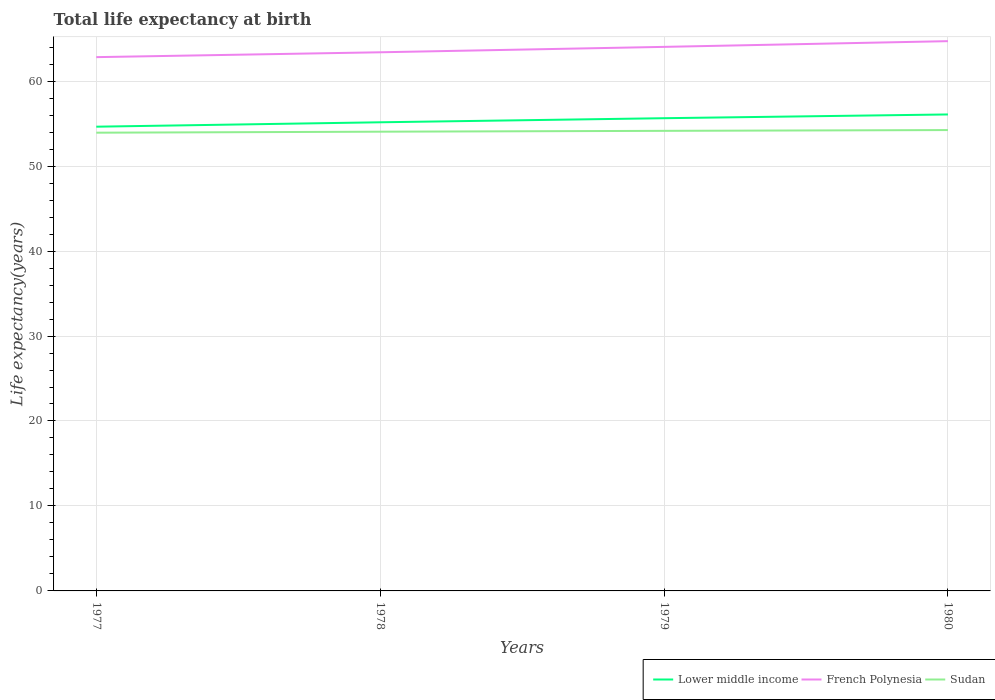
| Years | Lower middle income | French Polynesia | Sudan |
 | --- | --- | --- | --- |
 | 1977 | 54.6 | 62.8 | 53.9 |
 | 1978 | 55.2 | 63.4 | 54 |
 | 1979 | 55.6 | 64 | 54.1 |
 | 1980 | 56.1 | 64.7 | 54.2 |